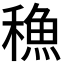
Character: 𮃣